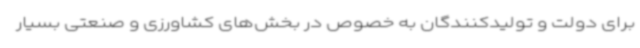
برای دولت و تولیدکنندگان به خصوص در بخش‌های کشاورزی و صنعتی بسیار